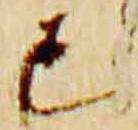
亡